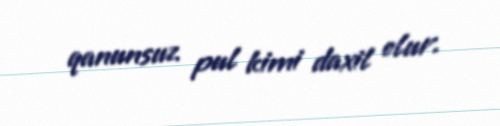
qanunsuz pul kimi daxil olur.